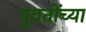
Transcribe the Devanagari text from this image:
युवतींच्या